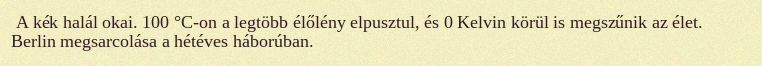
A kék halál okai. 100 °C-on a legtöbb élőlény elpusztul, és 0 Kelvin körül is megszűnik az élet. Berlin megsarcolása a hétéves háborúban.